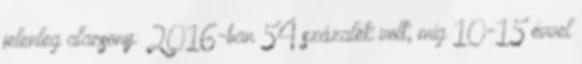
jelenleg alacsony: 2016-ban 54 százalék volt, míg 10-15 évvel